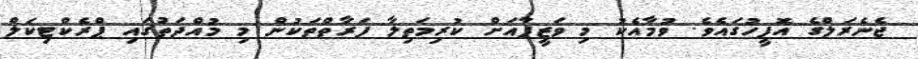
ޖެނެރަލްގެ އޮފީހުގައެވެ. ވުމާއެކު މި ވަޒީފާއަށް ކުރިމަތިލާ ފަރާތްތަކުން މި މުއްދަތުގައި ޕްރެކްޓިކަލް